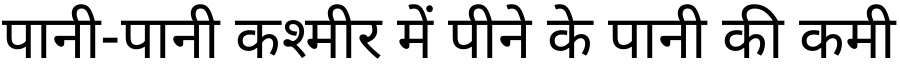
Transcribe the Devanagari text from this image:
पानी-पानी कश्मीर में पीने के पानी की कमी